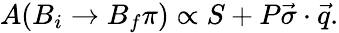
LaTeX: A({B}_{i}\rightarrow{B}_{f}\pi)\propto S+P\vec{\sigma}\cdot\vec{q}.